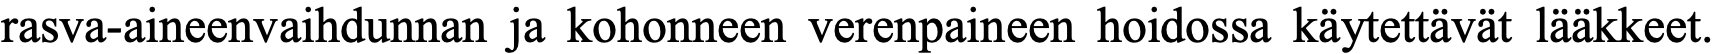
rasva-aineenvaihdunnan ja kohonneen verenpaineen hoidossa käytettävät lääkkeet.